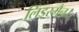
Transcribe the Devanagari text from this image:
लिंडरमैन।